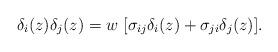
LaTeX: \begin{align*}\delta_i(z)\delta_j (z)= w\ [\sigma_{ij} \delta_i(z) +\sigma_{ji} \delta_j(z)].\end{align*}